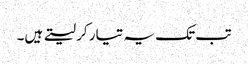
تب تک یہ تیار کر لیتے ہیں۔